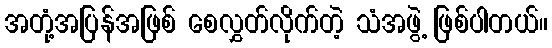
အတုံ့အပြန်အဖြစ် စေလွှတ်လိုက်တဲ့ သံအဖွဲ့ ဖြစ်ပါတယ်။